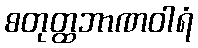
စတုတ္ထဘာဏဝါရံ